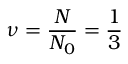
\nu = \frac { N } { N _ { 0 } } = \frac { 1 } { 3 }